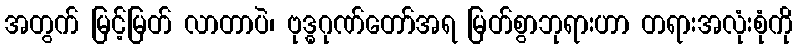
အတွက် မြင့်မြတ် လာတာပဲ၊ ဗုဒ္ဓဂုဏ်တော်အရ မြတ်စွာဘုရားဟာ တရားအလုံးစုံကို